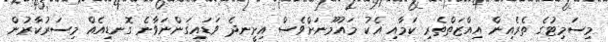
މިސަމިޓުގެ ތެރެއިން އިއްޒަތްތެރި ކަމާއި އެކު މައުމޫނަށްވެސް އިށީނދެ ވަޑައިގަންނަވާނެ ގޮނޑިއެއް މިސަރުކާރުން